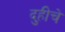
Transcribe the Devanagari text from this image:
दुहीचे